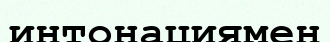
интонациямен